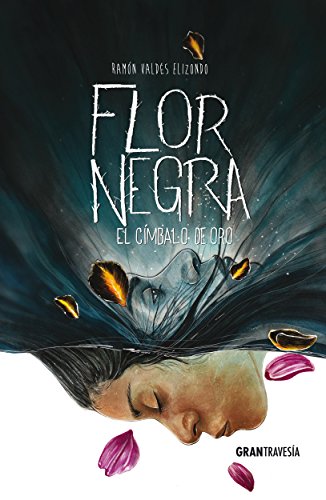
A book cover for Flor Negra: El cÃ­mbalo de oro (Spanish Edition); RamÃ³n ValdÃ©s Elizondo; Children's Books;